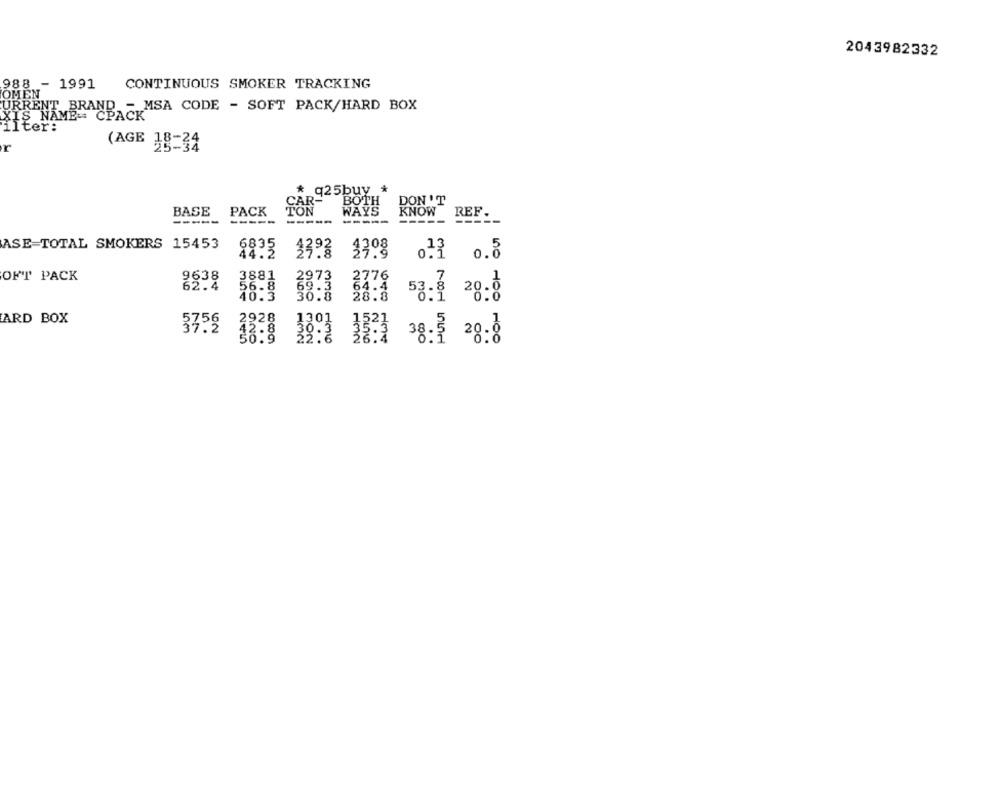
2043982332
988 - 1991
CONTINUOUS SMOKER TRACKING
OMEN
URRENT BRAND - MSA CODE - SOFT PACK/HARD BOX
XIS NAME= CPACK
ifter:
r
(AGE 18-34
* q25buy *
CAR
R-
BOTH
DON'T
BASE
PACK
WAYS
KNOW
REF.
-----
-----
-----
-----
----
----
ASE TOTAL SMOKERS 15453
6835
1308
44.2
1393
2393 1308
012 0.8
OFT PACK
2776
32.4
3893 3833
28:8
53. 3 28.8
ARD BOX
3759
33:3 39:8 35:1 38:7 28:8